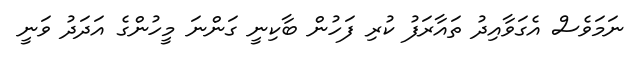
ނަމަވެސް އެގަވާއިދު ތައާރަފު ކުރި ފަހުން ބާކިނީ ގަންނަ މީހުންގެ އަދަދު ވަނީ